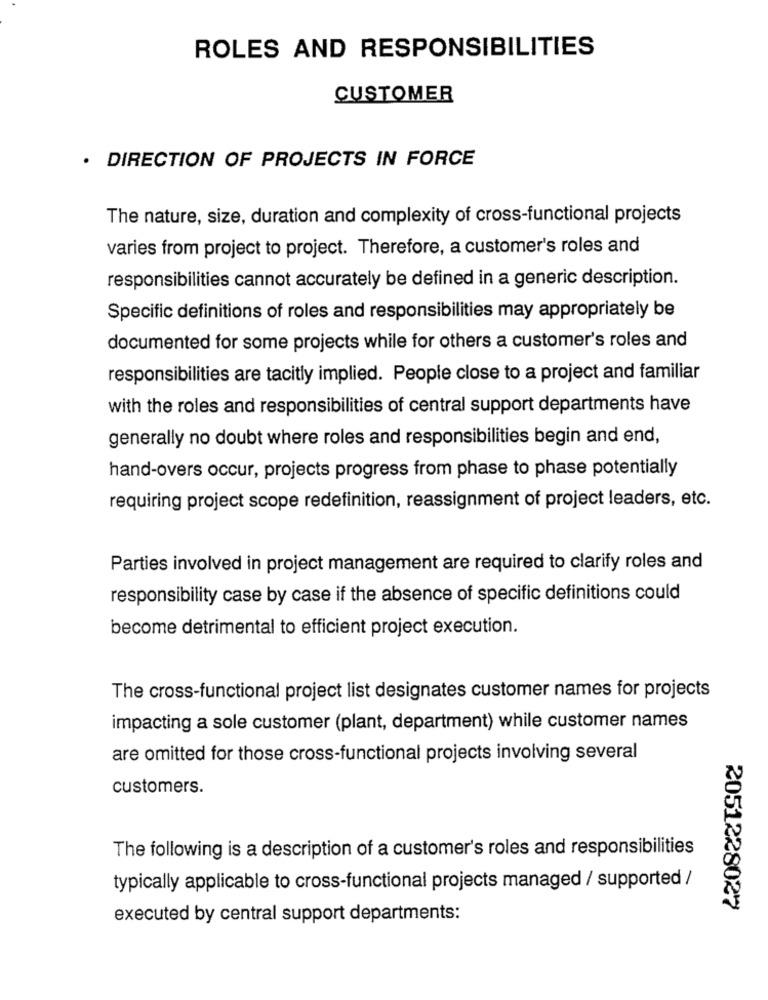
ROLES AND RESPONSIBILITIES
CUSTOMER
· DIRECTION OF PROJECTS IN FORCE
The nature, size, duration and complexity of cross-functional projects
varies from project to project. Therefore, a customer's roles and
responsibilities cannot accurately be defined in a generic description.
Specific definitions of roles and responsibilities may appropriately be
documented for some projects while for others a customer's roles and
responsibilities are tacitly implied. People close to a project and familiar
with the roles and responsibilities of central support departments have
generally no doubt where roles and responsibilities begin and end,
hand-overs occur, projects progress from phase to phase potentially
requiring project scope redefinition, reassignment of project leaders, etc.
Parties involved in project management are required to clarify roles and
responsibility case by case if the absence of specific definitions could
become detrimental to efficient project execution.
The cross-functional project list designates customer names for projects
impacting a sole customer (plant, department) while customer names
are omitted for those cross-functional projects involving several
customers.
The following is a description of a customer's roles and responsibilities
typically applicable to cross-functional projects managed / supported /
2051228027
executed by central support departments: